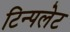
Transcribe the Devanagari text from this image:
टिन्पलेट